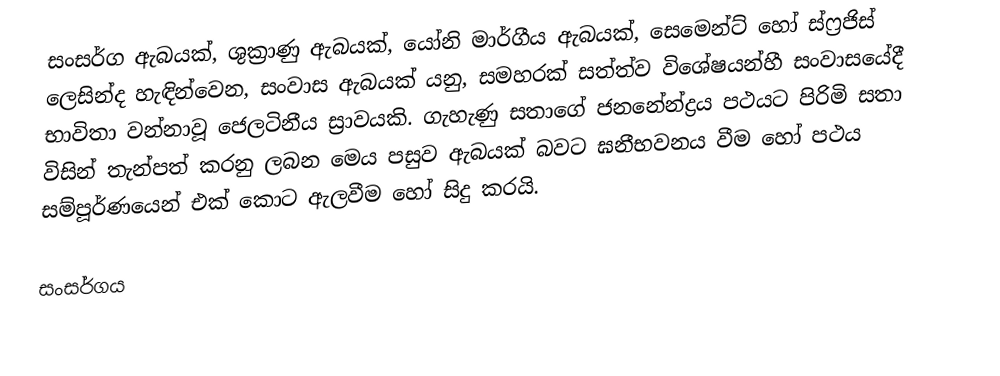
සංසර්ග ඇබයක්, ශුක්‍රාණු ඇබයක්, යෝනි මාර්ගීය ඇබයක්, සෙමෙන්ට් හෝ ස්ෆ්‍රජිස් ලෙසින්ද හැඳින්වෙන, සංවාස ඇබයක් යනු,  සමහරක් සත්ත්ව විශේෂයන්හී සංවාසයේදී භාවිතා වන්නාවූ ජෙලටිනීය ස්‍රාවයකි. ගැහැණු සතාගේ ජනනේන්ද්‍රය පථයට පිරිමි සතා විසින් තැන්පත් කරනු ලබන මෙය පසුව ඇබයක් බවට ඝනීභවනය වීම හෝ පථය සම්පූර්ණයෙන් එක් කොට ඇලවීම හෝ සිදු කරයි.

සංසර්ගය